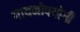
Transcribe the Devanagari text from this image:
गायनोपयोगी